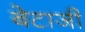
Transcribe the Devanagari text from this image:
बेटाजी